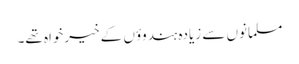
مسلمانوں سے زیادہ ہندوؤں کے خیرخواہ تھے۔